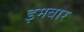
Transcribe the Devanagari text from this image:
इमबार